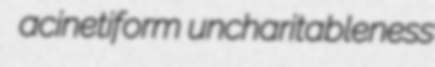
acinetiform uncharitableness